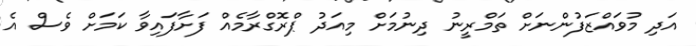
އަދި މުވައްޒަފުންނަށް ތަމްރީނު ދިނުމަށް މިއަދު ޕްރޮގްރާމެއް ފަށާފައިވާ ކަމަށް ވެސް އެ